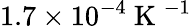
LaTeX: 1.7\times 10^{-4}\mathrm{~K~}^{-1}